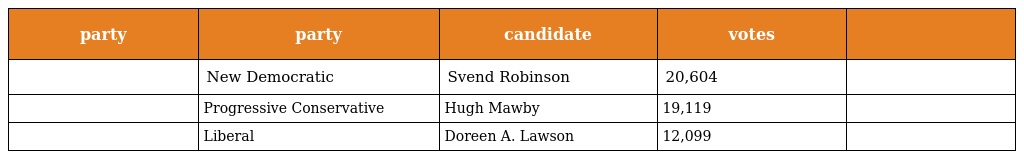
| party | party | candidate | votes |  |
 | --- | --- | --- | --- | --- |
 |  | New Democratic | Svend Robinson | 20,604 |  |
 |  | Progressive Conservative | Hugh Mawby | 19,119 |  |
 |  | Liberal | Doreen A. Lawson | 12,099 |  |